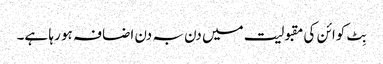
بِٹ کوائن کی مقبولیت میں دن بہ دن اضافہ ہو رہا ہے۔